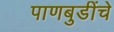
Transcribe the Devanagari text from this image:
पाणबुडींचे